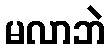
မလာဘဲ